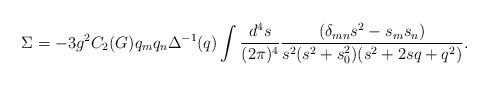
LaTeX: \begin{align*}\Sigma = -3g^2 C_2(G) q_m q_n \Delta^{-1}(q) \int \frac{d^4s}{(2\pi)^4}\frac{(\delta_{mn} s^2 -s_m s_n)}{s^2(s^2+s_0^2)(s^2+2sq+q^2)}.\end{align*}